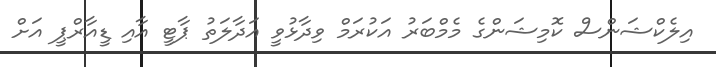
އިލެކްޝަންސް ކޮމިޝަންގެ މެމްބަރު އަކުރަމް ވިދާޅުވީ އަދާލަތު ޕާޓީ އާއި ޑީއާރްޕީ އަށް